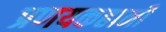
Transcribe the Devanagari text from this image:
प्रणयकहानी